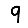
Digit: 9